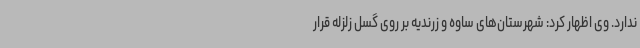
ندارد. وی اظهار کرد: شهرستان‌های ساوه و زرندیه بر روی گسل زلزله قرار